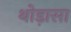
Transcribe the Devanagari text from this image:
थोड़ासा